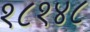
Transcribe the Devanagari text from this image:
१८१४८